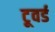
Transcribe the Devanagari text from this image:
टूवर्ड